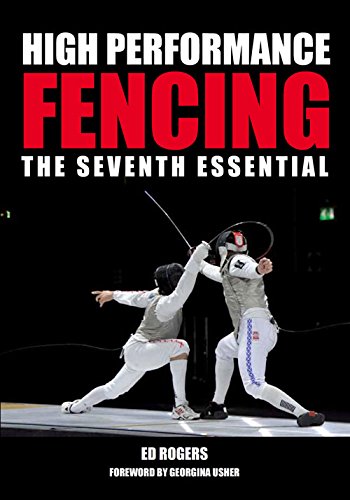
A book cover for High Performance Fencing: The Seventh Essential; Ed Rogers; Sports & Outdoors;